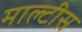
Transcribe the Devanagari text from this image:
माल्टीस